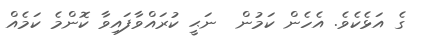
ގެ އަޅެކެވެ. އެހެން ކަމުން  ނަޙީ ކުރައްވާފައިވާ ކޮންމެ ކަމެއް